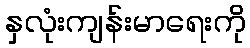
နှလုံးကျန်းမာရေးကို